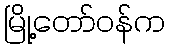
မြို့တော်ဝန်က